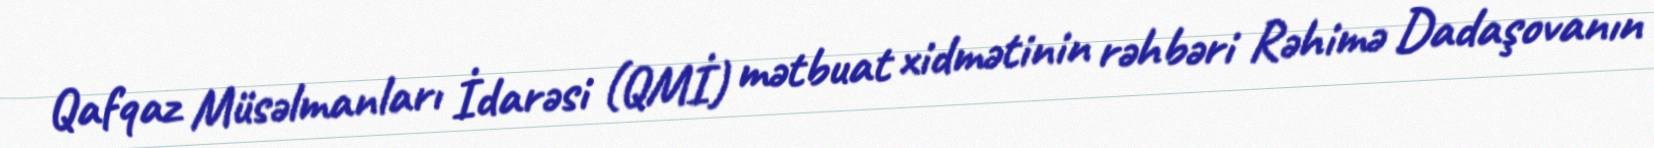
Qafqaz Müsəlmanları İdarəsi (QMİ) mətbuat xidmətinin rəhbəri Rəhimə Dadaşovanın